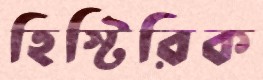
হিস্টিরিক